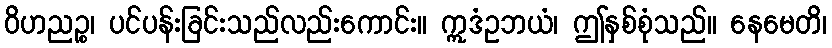
ဝိဟညဉ္စ၊ ပင်ပန်းခြင်းသည်လည်းကောင်း။ ဣဒံဥဘယံ၊ ဤနှစ်စုံသည်။ နေမေတိ၊